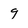
Character: 9